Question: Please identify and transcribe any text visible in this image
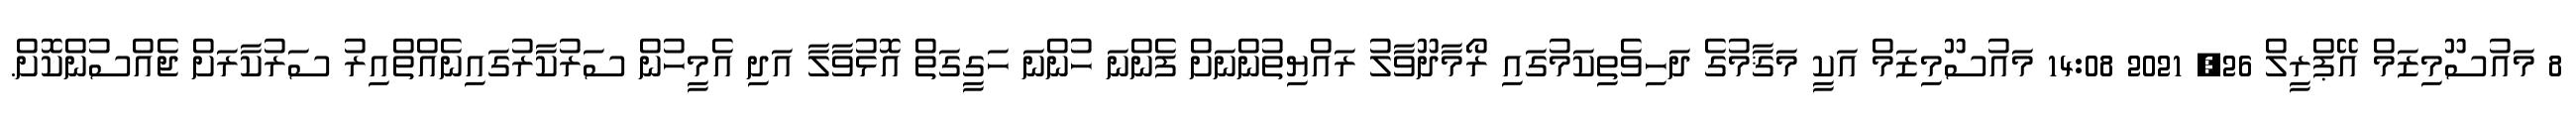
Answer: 8 މައުސޫމިޒަމް އޭޕްރީލް 26, 2021 14:08 މައުސޫމިޒަމް އަކީ މަޤާމުގެ ދަހިވެތިކަމުގައި ރޯމާދޫވާލު ރައްޔިތުންނަށް ފެންނަ ހުންނަ ހަގީގަތް އޮޅުވާލާ އަދި އެމީހުން ސަރުކާރުގައިނެއްތްއިރު ސަރުކާރަށް ޖެއްސުންކޮށް.